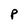
Character: P